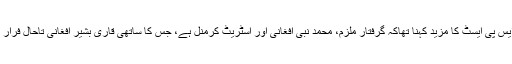
ایس ایس پی ایسٹ کا مزید کہنا تھاکہ گرفتار ملزم، محمد نبی افغانی اور اسٹریٹ کرمنل ہے، جس کا ساتھی قاری بشیر افغانی تاحال فرار ہے،۔